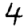
Digit: 4